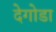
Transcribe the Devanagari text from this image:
देगोडा